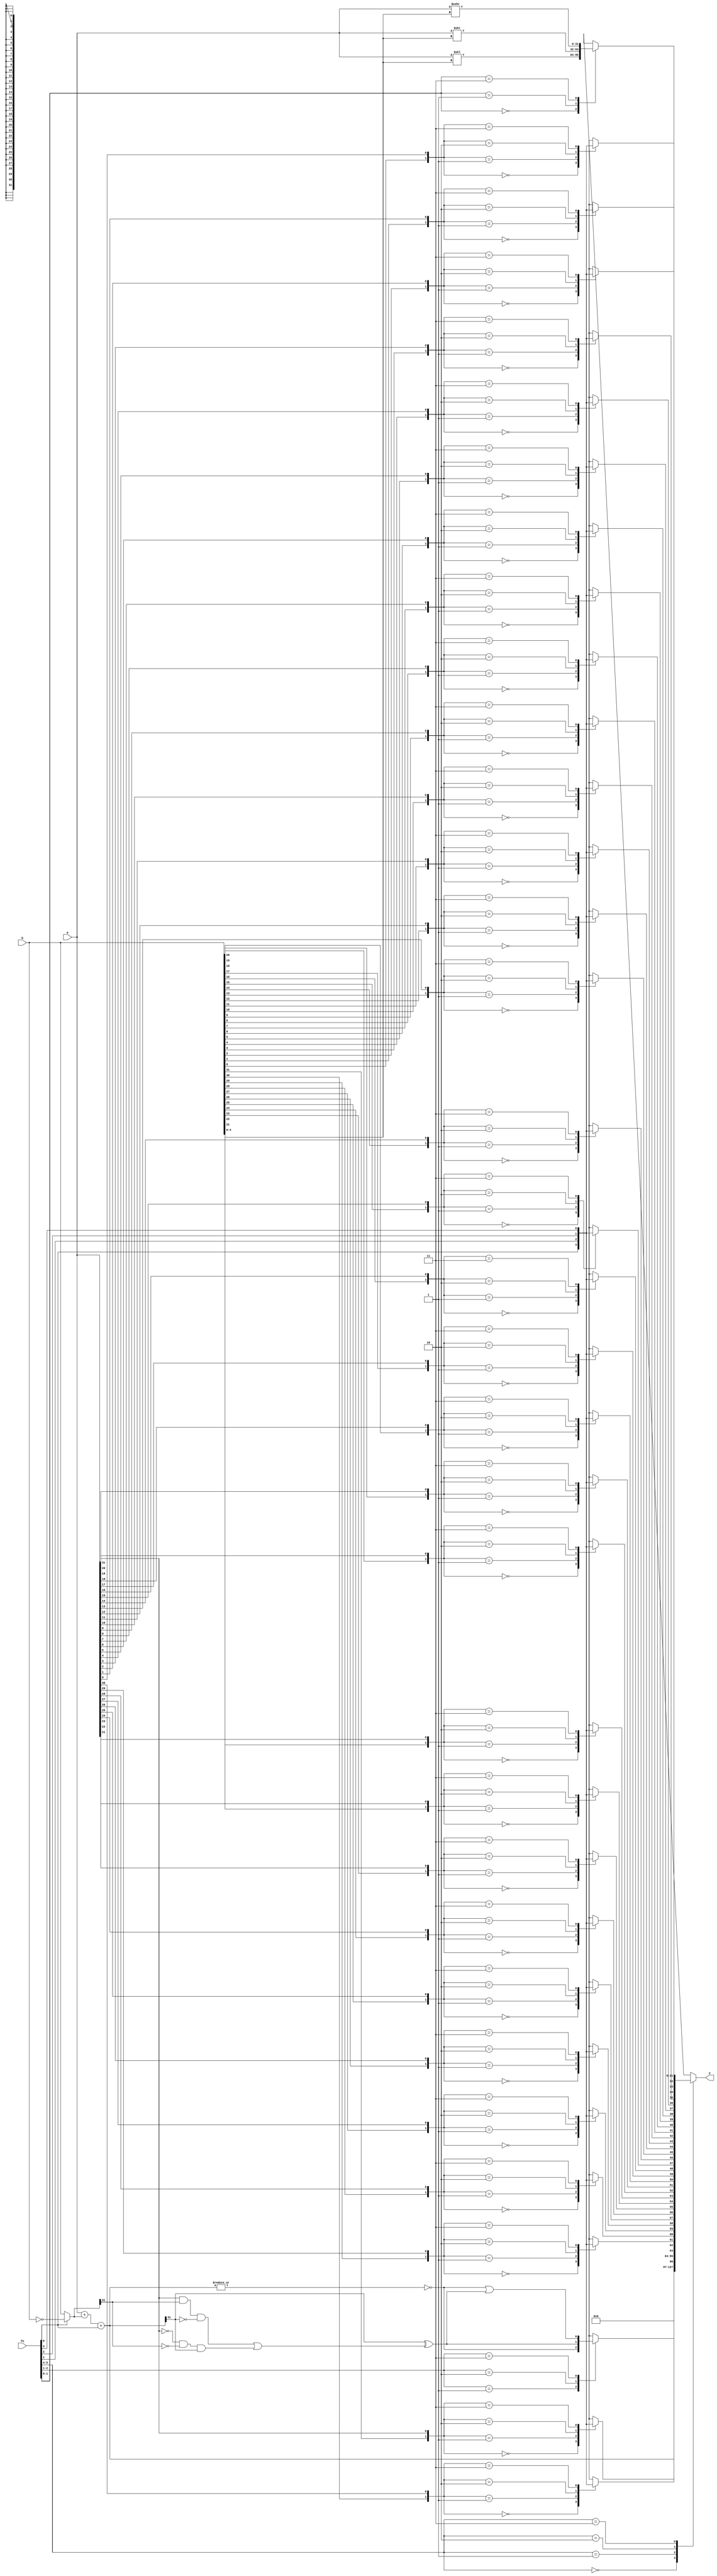
///////////////////////////////////////////////////////////////////////////////
//
// Description: This file contains the implementaion of the arithmetic
//              logic unit
///////////////////////////////////////////////////////////////////////////////

module alu(
    // control signals
    input [5:0] fn,               // function to perform

    // datapath signals
    input [31:0] a,               // first operand
    input [31:0] b,               // second operand
    output reg [31:0] y           // result
);

reg [31:0] bool_result;
wire [3:0] bool_fn;
reg [31:0] shift;
wire [1:0] shift_sel;
wire [4:0] shift_amount;
wire afn; 
wire arith_ov; 
wire arith_ng; 
wire arith_zr;
wire [31:0] b_ng; 
wire [31:0] arith;
wire [1:0] cmp_sel;
reg lsb;
wire [31:0] cmp;
wire [1:0] y_sel;

assign bool_fn = fn[3:0];

assign shift_sel = fn[1:0];
assign shift_amount = b[4:0];

assign afn = fn[0];
assign b_ng = afn ? ~b : b;
assign arith = a + b_ng + afn;
assign arith_ov = a[31] && b_ng[31] && !arith[31] || 
                  !a[31] && !b_ng[31] && arith[31];
assign arith_ng = arith[31];
assign arith_zr = ~|arith;

assign cmp = {31'd0, lsb};
assign cmp_sel = fn[2:1];

assign y_sel = fn[5:4];

integer i;
always @(*) begin
    for (i = 0; i < 32; i = i + 1) begin
        case ({b[i], a[i]})
            2'b00: bool_result[i] = bool_fn[0];
            2'b01: bool_result[i] = bool_fn[1];
            2'b10: bool_result[i] = bool_fn[2];
            2'b11: bool_result[i] = bool_fn[3];
        endcase
    end
end

always @(*) begin
    case (shift_sel)
        2'b00: shift = a << shift_amount;
        2'b01: shift = a >> shift_amount;
        2'b11: shift = $signed(a) >>> shift_amount;
        default: shift = 32'bx;
    endcase
end

always @(*) begin
    case (cmp_sel)
        2'b01: lsb = arith_zr;
        2'b10: lsb = arith_ng ^ arith_ov;
        2'b11: lsb = arith_zr | (arith_ng ^ arith_ov);
        default: lsb = 1'bx;
    endcase
end

always @(*) begin
    case (y_sel)
        2'b00: y = cmp;
        2'b01: y = arith;
        2'b10: y = bool_result;
        2'b11: y = shift;
    endcase
end

endmodule